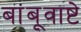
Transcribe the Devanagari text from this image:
बांबूवाष्टे